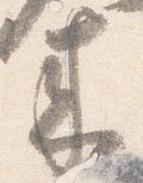
来